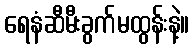
ရေနံဆီမီးခွက်မထွန်းနဲ့။